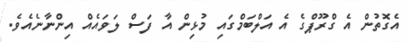
އެގޮތުން އެ ގްރޫޕްގެ އެ އަލްބަމްގައި މުޅިން އާ ފަސް ލަވައެއް އިންނާނެއެވެ.